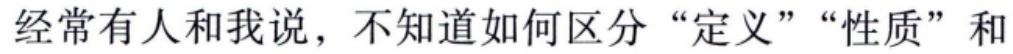
经常有人和我说，不知道如何区分“定义”“性质”和